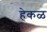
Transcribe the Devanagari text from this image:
हेकळ